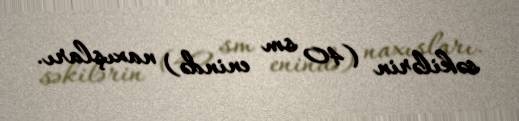
səkilərin (40 sm enində) naxışları.